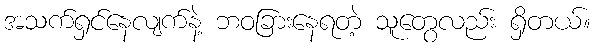
အသက်ရှင်နေလျက်နဲ့ ဘဝခြားနေရတဲ့ သူတွေလည်း ရှိတယ်။